Scientific memoirs by medical officers of the Army of India - Part VI,
Year: 1891
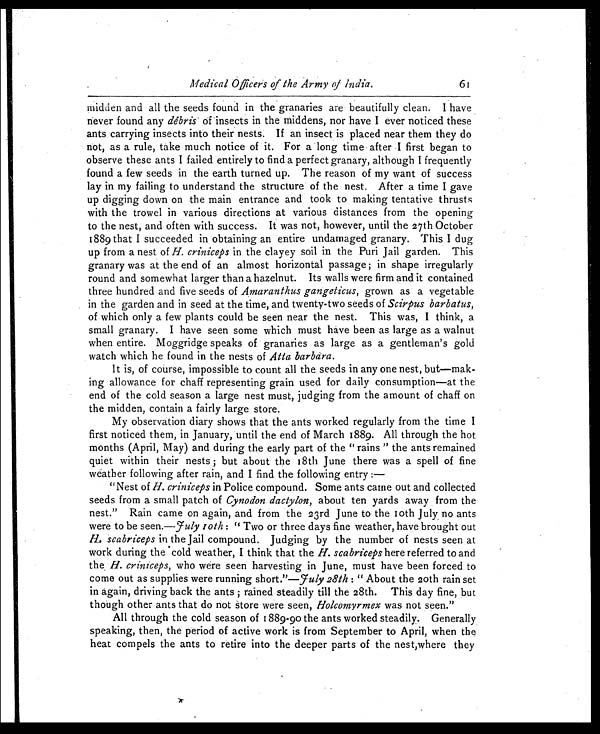
Medical Officers of the Army of India.
midden and all the seeds found in the granaries are beautifully clean. I have
never found any débris of insects in the middens, nor have I ever noticed these
ants carrying insects into their nests. If an insect is placed near them they do
not, as a rule, take much notice of it. For a long time after .I first began to
observe these ants I failed entirely to find a perfect granary, although I frequently
found a few seeds in the earth turned up. The reason of my want of success
lay in my failing to understand the structure of the nest. After a time I gave
up digging down on the main entrance and took to making tentative thrusts
with the trowel in various directions at various distances from the opening
to the nest, and often with success. It was not, however, until the 27th October
1889 that I succeeded in obtaining an entire undamaged granary. This I dug
up from a nest of H. criniceps in the clayey soil in the Puri Jail garden. This
granary was at the end of an almost horizontal passage; in shape irregularly
round and somewhat larger than a hazelnut. Its walls were firm and it contained
three hundred and five seeds of Amaranthus gangeticus, grown as a vegetable
in the garden and in seed at the time, and twenty-two seeds of Scirpus barbatus,
of which only a few plants could be seen near the nest. This was, I think, a
small granary. I have seen some which must have been as large as a walnut
when entire. Moggridge speaks of granaries as large as a gentleman's gold
watch which he found in the nests of Atta barbara.
It is, of course, impossible to count all the seeds in any one nest, but—mak-
ing allowance for chaff representing grain used for daily consumption—at the
end of the cold season a large nest must, judging from the amount of chaff on
the midden, contain a fairly large store.
My observation diary shows that the ants worked regularly from the time I
first noticed them, in January, until the end of March 1889. All through the hot
months (April, May) and during the early part of the "rains" the ants remained
quiet within their nests; but about the 18th June there was a spell of fine
weather following after rain, and I find the following entry :—
"Nest of H. criniceps in Police compound. Some ants came out and collected
seeds from a small patch of Cynodon dactylon, about ten yards away from the
nest." Rain came on again, and from the 23rd June to the l0th July no ants
were to be seen.—July 10th : " Two or three days fine weather, have brought out
H. scabriceps in the Jail compound. Judging by the number of nests seen at
work during the cold weather, I think that the H. scabriceps here referred to and
the. H. criniceps, who were seen harvesting in June, must have been forced to
come out as supplies were running short."— July 28th : " About the loth rain set
in again, driving back the ants; rained steadily till the 28th. This day fine, but
though other ants that do not Store were seen, Holcomyrmex was not seen."
All through the cold season of 1889-90 the ants worked steadily. Generally
speaking, then, the period of active work is from September to April, when the
heat compels the ants to retire into the deeper parts of the nest,where they
61